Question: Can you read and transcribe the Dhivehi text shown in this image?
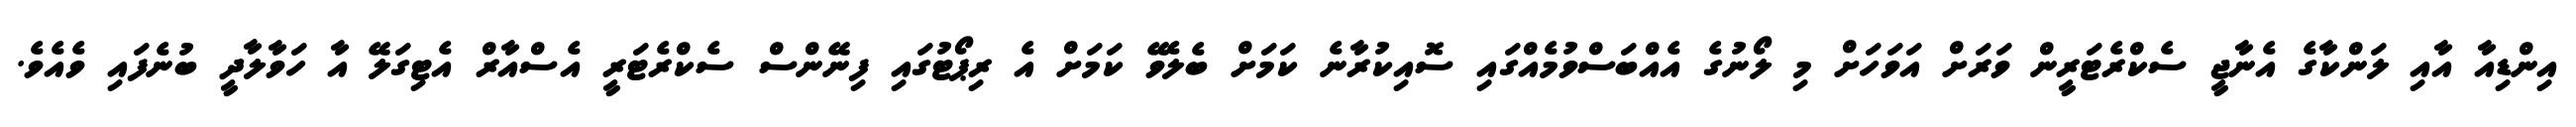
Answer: އިންޑިއާ އާއި ލަންކާގެ އެނާޖީ ސެކްރެޓަރީން ވަރަށް އަވަހަށް މި ލޯނުގެ އެއްބަސްވުމެއްގައި ސޮއިކުރާނެ ކަމަށް ބެލެވޭ ކަމަށް އެ ރިޕޯޓުގައި ފިނޭންސް ސެކްރެޓަރީ އެސްއާރް އެޓިގަލޭ އާ ހަވާލާދީ ބުނެފައި ވެއެވެ.